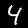
Digit: 4